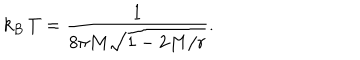
k _ { B } \, T = { \frac { 1 } { 8 \pi M \sqrt { 1 - 2 M / r } } } .